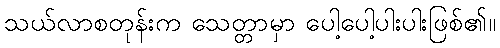
သယ်လာစတုန်းက သေတ္တာမှာ ပေါ့ပေါ့ပါးပါးဖြစ်၏။